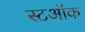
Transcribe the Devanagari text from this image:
स्टऑक